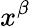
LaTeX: x^{\beta}